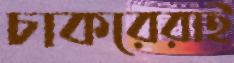
চাকরেরাই